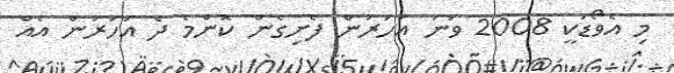
މި އެވޯޑަކީ 2008 ވަނަ އަހަރުން ފެށިގެން ކޮންމެ ދެ އަހަރުން އެއް